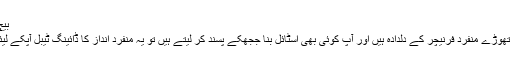
بیچ اسٹائل
اگر آپ تھوڑے منفرد فرنیچر کے دلدادہ ہیں اور آپ کوئی بھی اسٹائل بنا ججھکے پسند کر لیتے ہیں تو یہ منفرد انداز کا ڈائینگ ٹیبل آپکے لیئے ہے۔